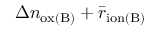
\Delta n _ { \mathrm { o x ( B ) } } + \bar { r } _ { \mathrm { i o n ( B ) } }